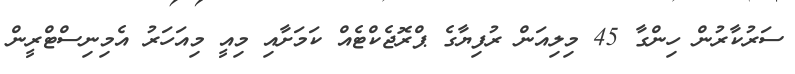
ސަރުކާރުން ހިންގާ 45 މިލިއަން ރުފިޔާގެ ޕްރޮޖެކްޓެއް ކަމަށާއި މިއީ މިއަހަރު އެމިނިސްޓްރީން